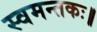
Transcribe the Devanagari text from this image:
स्वमन्तकः॥